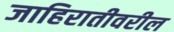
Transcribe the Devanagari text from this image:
जाहिरातीवरील